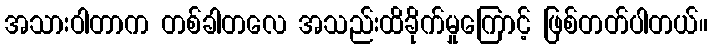
အသားဝါတာက တစ်ခါတလေ အသည်းထိခိုက်မှုကြောင့် ဖြစ်တတ်ပါတယ်။